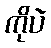
ကိုပဲ